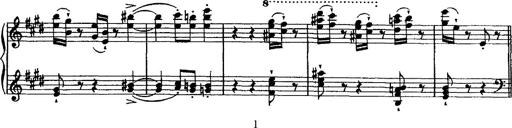
Title: Valse mÃ©lancolique
Composer: Paul Vidal
Key: F-sharp minor